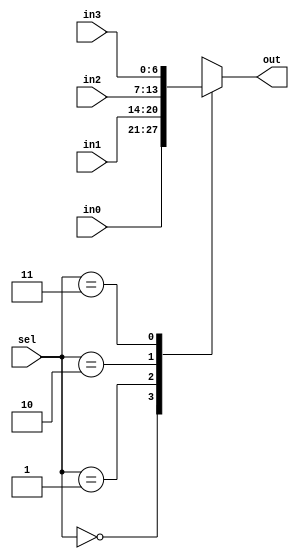
module sevenBitFourInMux    (
input [6:0]in0,  // mux inputs
input [6:0]in1,  // mux inputs
input [6:0]in2,  // mux inputs
input [6:0]in3,  // mux inputs
input [1:0]sel,  // select line
output [6:0]out  // output from mux
);

//-------------Code Starts Here-------
reg [6:0] tmp;
always @(*)
	case(sel)
		 2'b00: tmp = in0;
		 2'b01: tmp = in1;
		 2'b10: tmp = in2;
		 2'b11: tmp = in3;
	 endcase
assign out = tmp;
endmodule